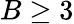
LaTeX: B\geq 3